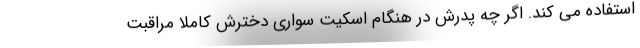
استفاده می کند. اگر چه پدرش در هنگام اسکیت سواری دخترش کاملاً مراقبت